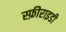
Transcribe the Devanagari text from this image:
स्फ़ीराइडी